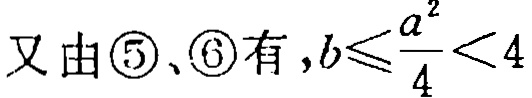
又由\textcircled{5}、\textcircled{6}有, \(b\leqslant\frac{a^{2}}{4}<4\)